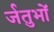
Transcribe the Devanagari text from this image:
र्जतुभों